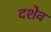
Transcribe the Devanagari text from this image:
दशेव